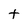
Character: t